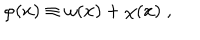
\varphi ( x ) \equiv \omega ( x ) + \chi ( x ) \; ,